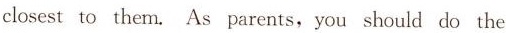
closest to them. As parents, you should do the